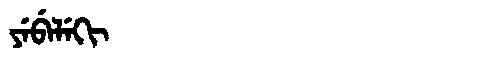
Manchu: ᠶᡝᠪᡝᠯᡝᡴᡳ
Romanization: YEBELEKI